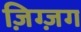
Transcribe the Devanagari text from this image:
ज़िग्ज़ग